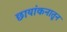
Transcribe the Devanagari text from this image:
छायांकनातून